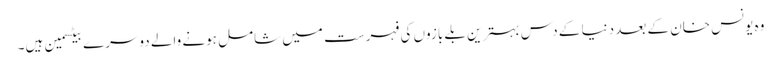
وہ یونس خان کے بعد دنیا کے دس بہترین بلے بازوں کی فہرست میں شامل ہونے والے دوسرے بیٹسمین ہیں۔